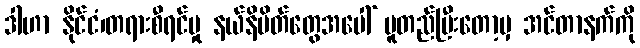
ဒါဟာ နိုင်ငံ၊တရားစီရင်မှု နယ်နိမိတ်တွေအပေါ် မူတည်ပြီးတော့မှ အင်တာနက်ကို